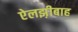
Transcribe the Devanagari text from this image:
ऐलझ़ीबाह